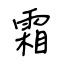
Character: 霜